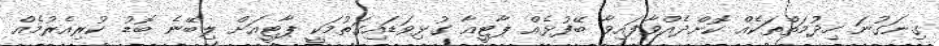
ގިނަގުނަ ހިދުމަތްތަކެއް ކޮށްދެއްވާފައިވާ ބޭފުޅެއް ޕާޓީއާ ގުޅިވަޑައިގަތުމަކީ ޕާޓީއަށް ލިބޭނެ ބޮޑު ކުރިއެރުމެއް